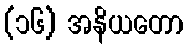
(၁၆) အနိယတော